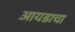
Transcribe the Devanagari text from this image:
आयडाचा